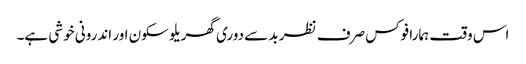
اس وقت ہمارا فوکس صرف نظر بد سے دوری گھریلو سکون اور اندرونی خوشی ہے۔